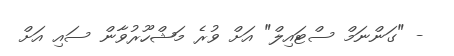
- "ގަންނަމް ސްޓައިލް" އަށް ވުރެ މަޝްހޫރުވާން ސައި އަށް